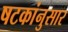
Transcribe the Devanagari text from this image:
षटकांनुसार